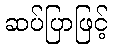
ဆပ်ပြာဖြင့်